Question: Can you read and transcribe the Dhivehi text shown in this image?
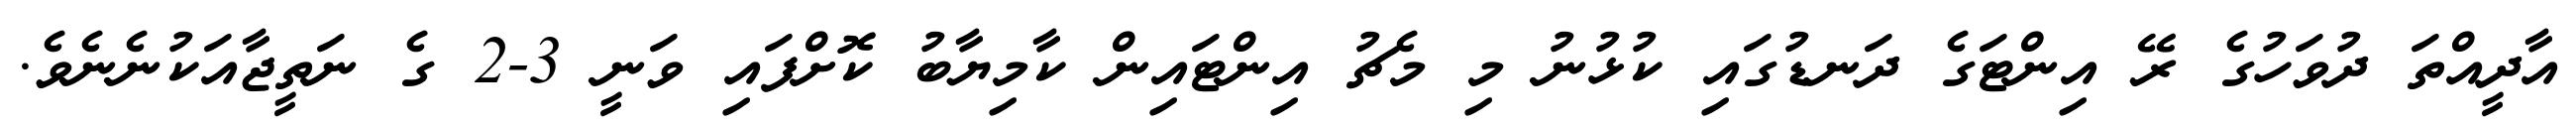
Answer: އާދީއްތަ ދުވަހުގެ ރޭ އިންޓަގެ ދަނޑުގައި ކުޅުނު މި މެޗު އިންޓައިން ކާމިޔާބު ކޮށްފައި ވަނީ 3-2 ގެ ނަތީޖާއަކުނެނެވެ.